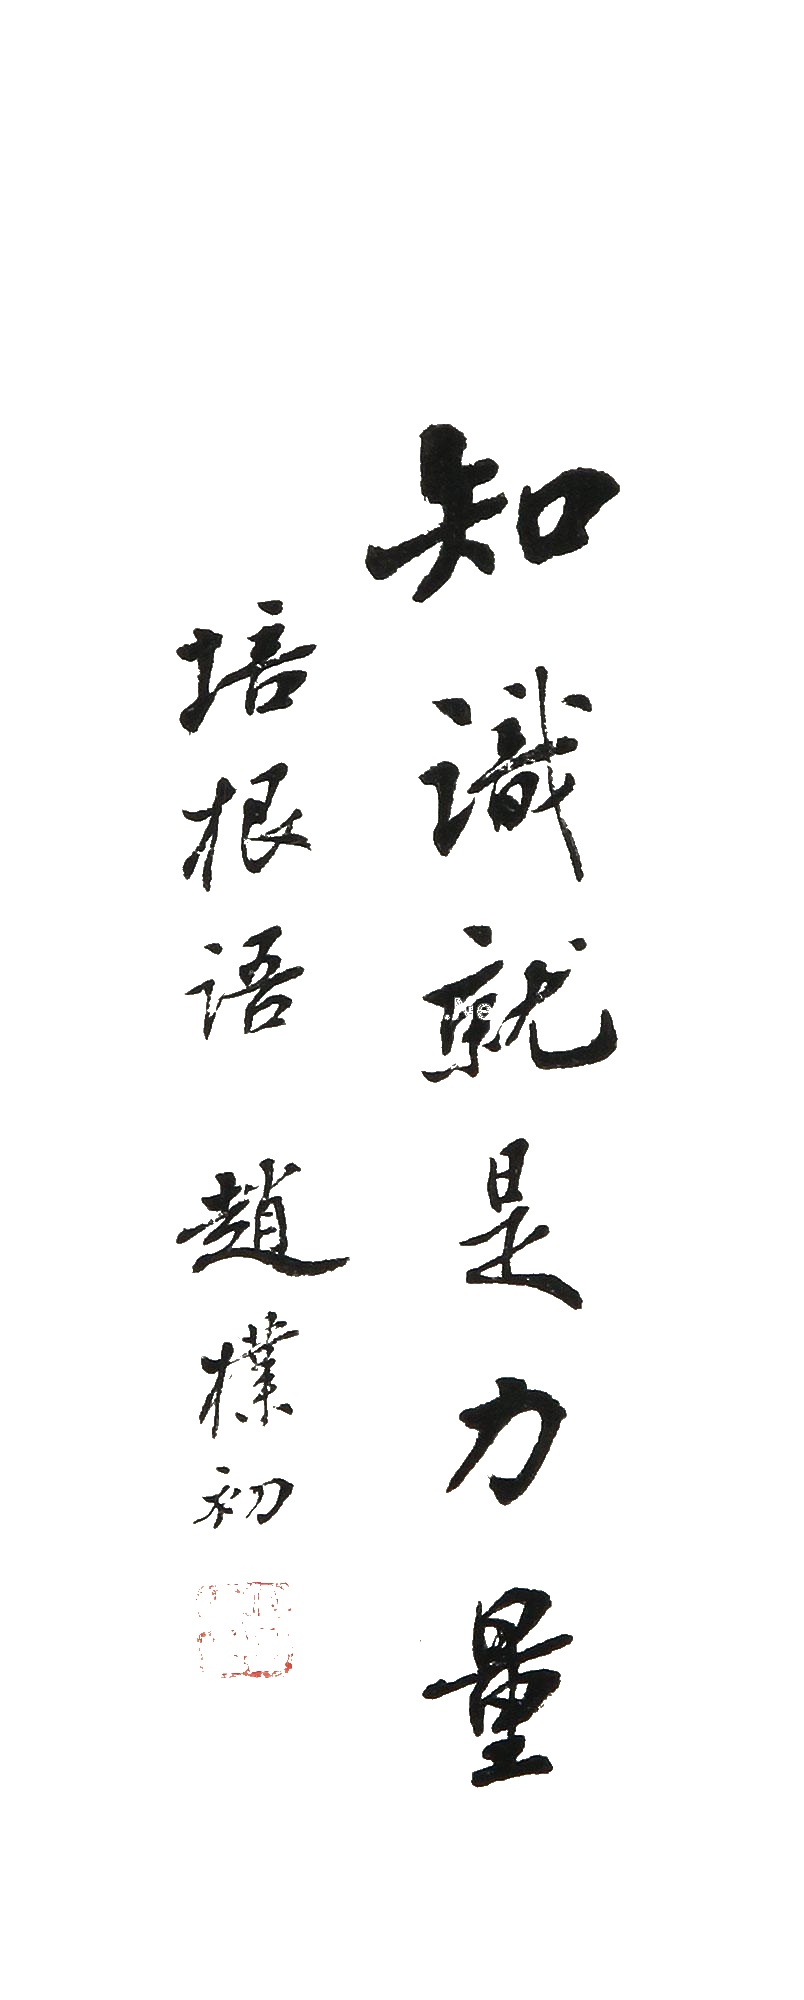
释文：知识就是力量。培根语，赵朴初。